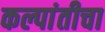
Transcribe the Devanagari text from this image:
कल्पांतीचा